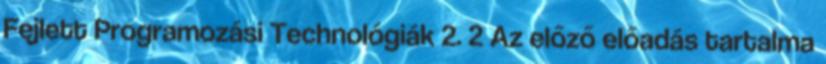
Fejlett Programozási Technológiák 2. 2 Az előző előadás tartalma